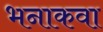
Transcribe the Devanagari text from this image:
भनाकवा